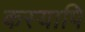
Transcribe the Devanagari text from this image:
कस्यापि